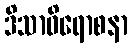
ဒိသာဝိရောစနာ